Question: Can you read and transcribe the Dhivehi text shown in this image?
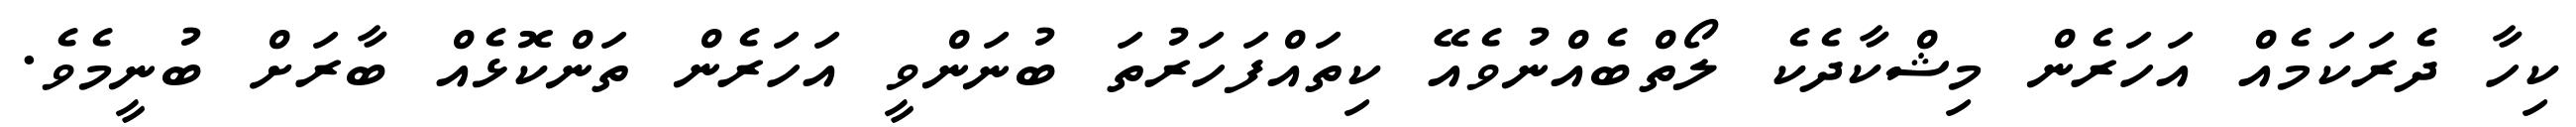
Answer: ކިހާ ދެރަކަމެއް އަހަރެން މިޝްކާދެކެ ލޯތްބެއްނުވެއޭ ކިތައްފަހަރުތަ ބުނަންވީ އަހަރެން ތަންކޮޅެއް ބާރަށް ބުނީމެވެ.